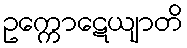
ဥက္ကောဋေယျာတိ